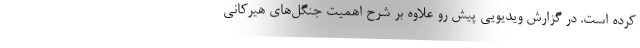
کرده است. در گزارش ویدیویی پیش رو علاوه بر شرح اهمیت جنگل‌های هیرکانی